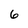
Character: 6